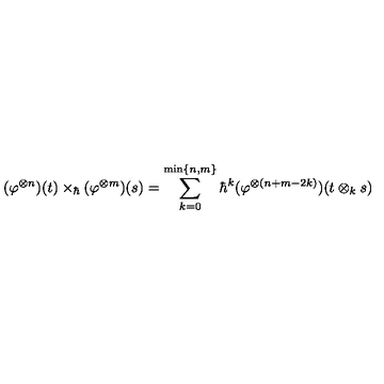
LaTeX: ( \varphi ^ { \otimes n } ) ( t ) \times _ { \hbar } ( \varphi ^ { \otimes m } ) ( s ) = \sum _ { k = 0 } ^ { \mathrm { m i n } \{ n , m \} } \hbar ^ { k } ( \varphi ^ { \otimes ( n + m - 2 k ) } ) ( t \otimes _ { k } s )